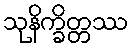
သုနိက္ခိတ္တဿ